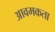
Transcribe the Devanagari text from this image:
आवमकता